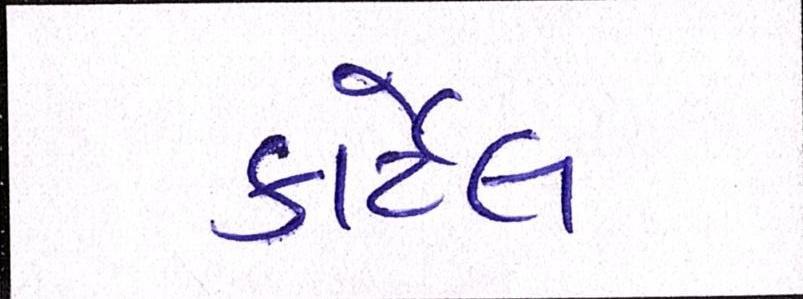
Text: કાર્ટેલ